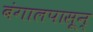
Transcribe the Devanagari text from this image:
बंगालपासून्